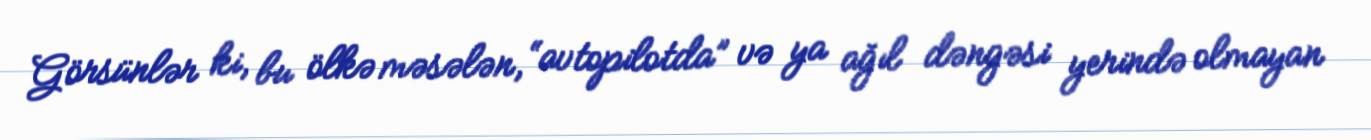
Görsünlər ki, bu ölkə məsələn, “avtopilotda” və ya ağıl dəngəsi yerində olmayan